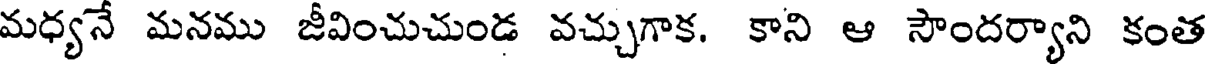
మధ్యనే మనము జీవించుచుండ వచ్చుగాక. కాని ఆ సౌందర్యాని కంత